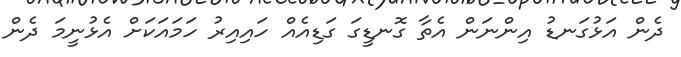
ދެން އަޅުގަނޑު އިންނަން އެތާ ގޮނޑީގަ ގަޑިއެއް ހައިއިރު ހަމައަކަށް އެޅުނީމަ ދެން